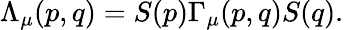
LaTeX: \Lambda_{\mu}(p,q)=S(p)\Gamma_{\mu}(p,q)S(q).